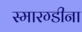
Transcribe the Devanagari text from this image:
स्मारग्डीना